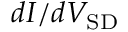
d I / d V _ { \mathrm { S D } }